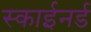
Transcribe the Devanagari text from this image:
स्काईनर्ड